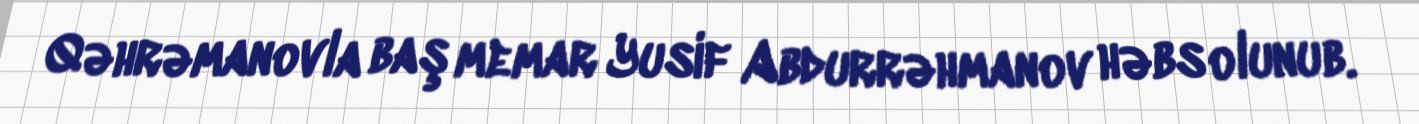
Qəhrəmanovla baş memar Yusif Abdurrəhmanov həbs olunub.